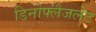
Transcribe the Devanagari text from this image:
डिनोफ्लैजलेट